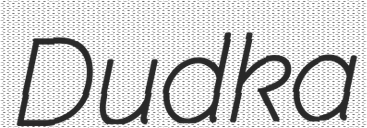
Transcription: Dudka